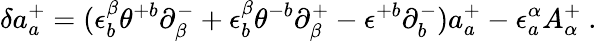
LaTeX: \delta a_{a}^{+}=(\epsilon_{b}^{\beta}\theta^{+b}\partial_{\beta}^{-}+\epsilon_{b}^{\beta}\theta^{-b}\partial_{\beta}^{+}-\epsilon^{+b}\partial_{b}^{-})a_{a}^{+}-\epsilon_{a}^{\alpha}A_{\alpha}^{+}\ .